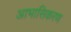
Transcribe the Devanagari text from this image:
आभासिकरण